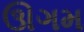
ઊગમ